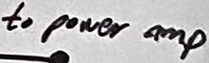
Text: to power amp